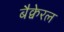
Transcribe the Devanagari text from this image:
बैक्वेरल